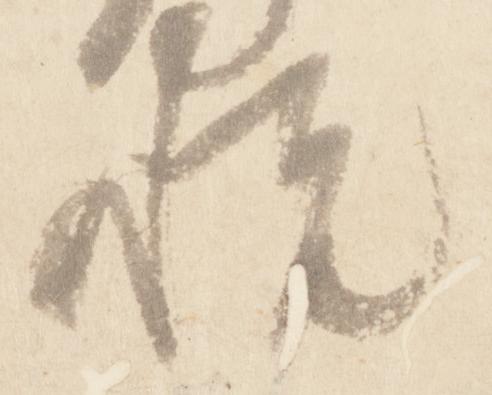
悦